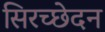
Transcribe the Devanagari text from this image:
सिरच्छेदन